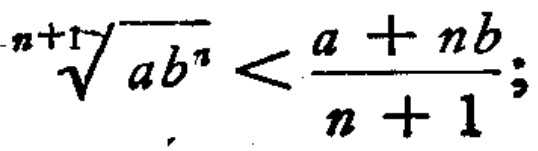
\(\sqrt[n + 1]{ab^{n}} < \frac{a + nb}{n + 1};\)